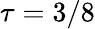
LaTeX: \tau=3/8